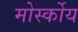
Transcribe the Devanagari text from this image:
मोर्स्कोय